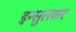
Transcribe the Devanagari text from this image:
इन्सुलकर